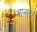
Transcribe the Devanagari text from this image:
भानला